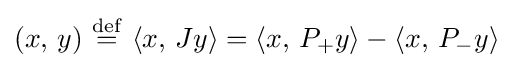
(x,\,y)\ {\stackrel {\mathrm {def} }{=}}\ \langle x,\,Jy\rangle =\langle x,\,P_{+}y\rangle -\langle x,\,P_{-}y\rangle